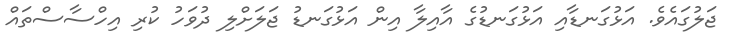
ޖަލުގައެވެ. އަޅުގަނޑާއި އަޅުގަނޑުގެ އާއިލާ އިން އަޅުގަނޑު ޖަލަށްލި ދުވަހު ކުރި އިހްސާސްތައް